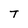
Character: T